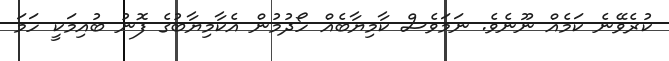
ކުރެވޭނެ ކަމެއް ނޫނެވެ. ނަމަވެސް ކާމިޔާބެއް ހޯދުމުން އެކާމިޔާބުގެ ފޮނު ބުއިމަކީ ހަމަ